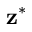
\mathbf { z } ^ { \ast }